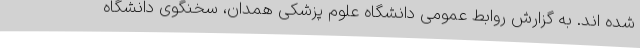
شده اند. به گزارش روابط عمومی دانشگاه علوم پزشکی همدان، سخنگوی دانشگاه